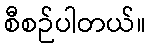
စီစဉ်ပါတယ်။